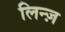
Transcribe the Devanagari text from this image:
लिन्ज़